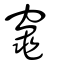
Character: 竈